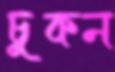
চুকন